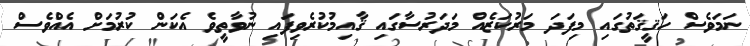
ނަމަވެސް ހަޤީޤަތުގައި މިފަދަ މަރުކަޒެއް މަދަރުސާގައި ޤާއިމުކުރެވިފައި ނުވާތީވެ އެކަން ކުރުމަށް އެއްވެސް